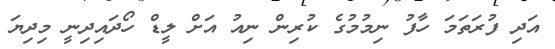
އަދި ފުރަތަމަ ހާފު ނިމުމުގެ ކުރިން ނިއު އަށް ލީޑް ހޯދައިދިނީ މިދިޔަ